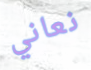
نعاني